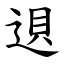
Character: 䢙